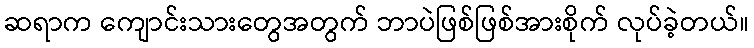
ဆရာက ကျောင်းသားတွေအတွက် ဘာပဲဖြစ်ဖြစ်အားစိုက် လုပ်ခဲ့တယ်။